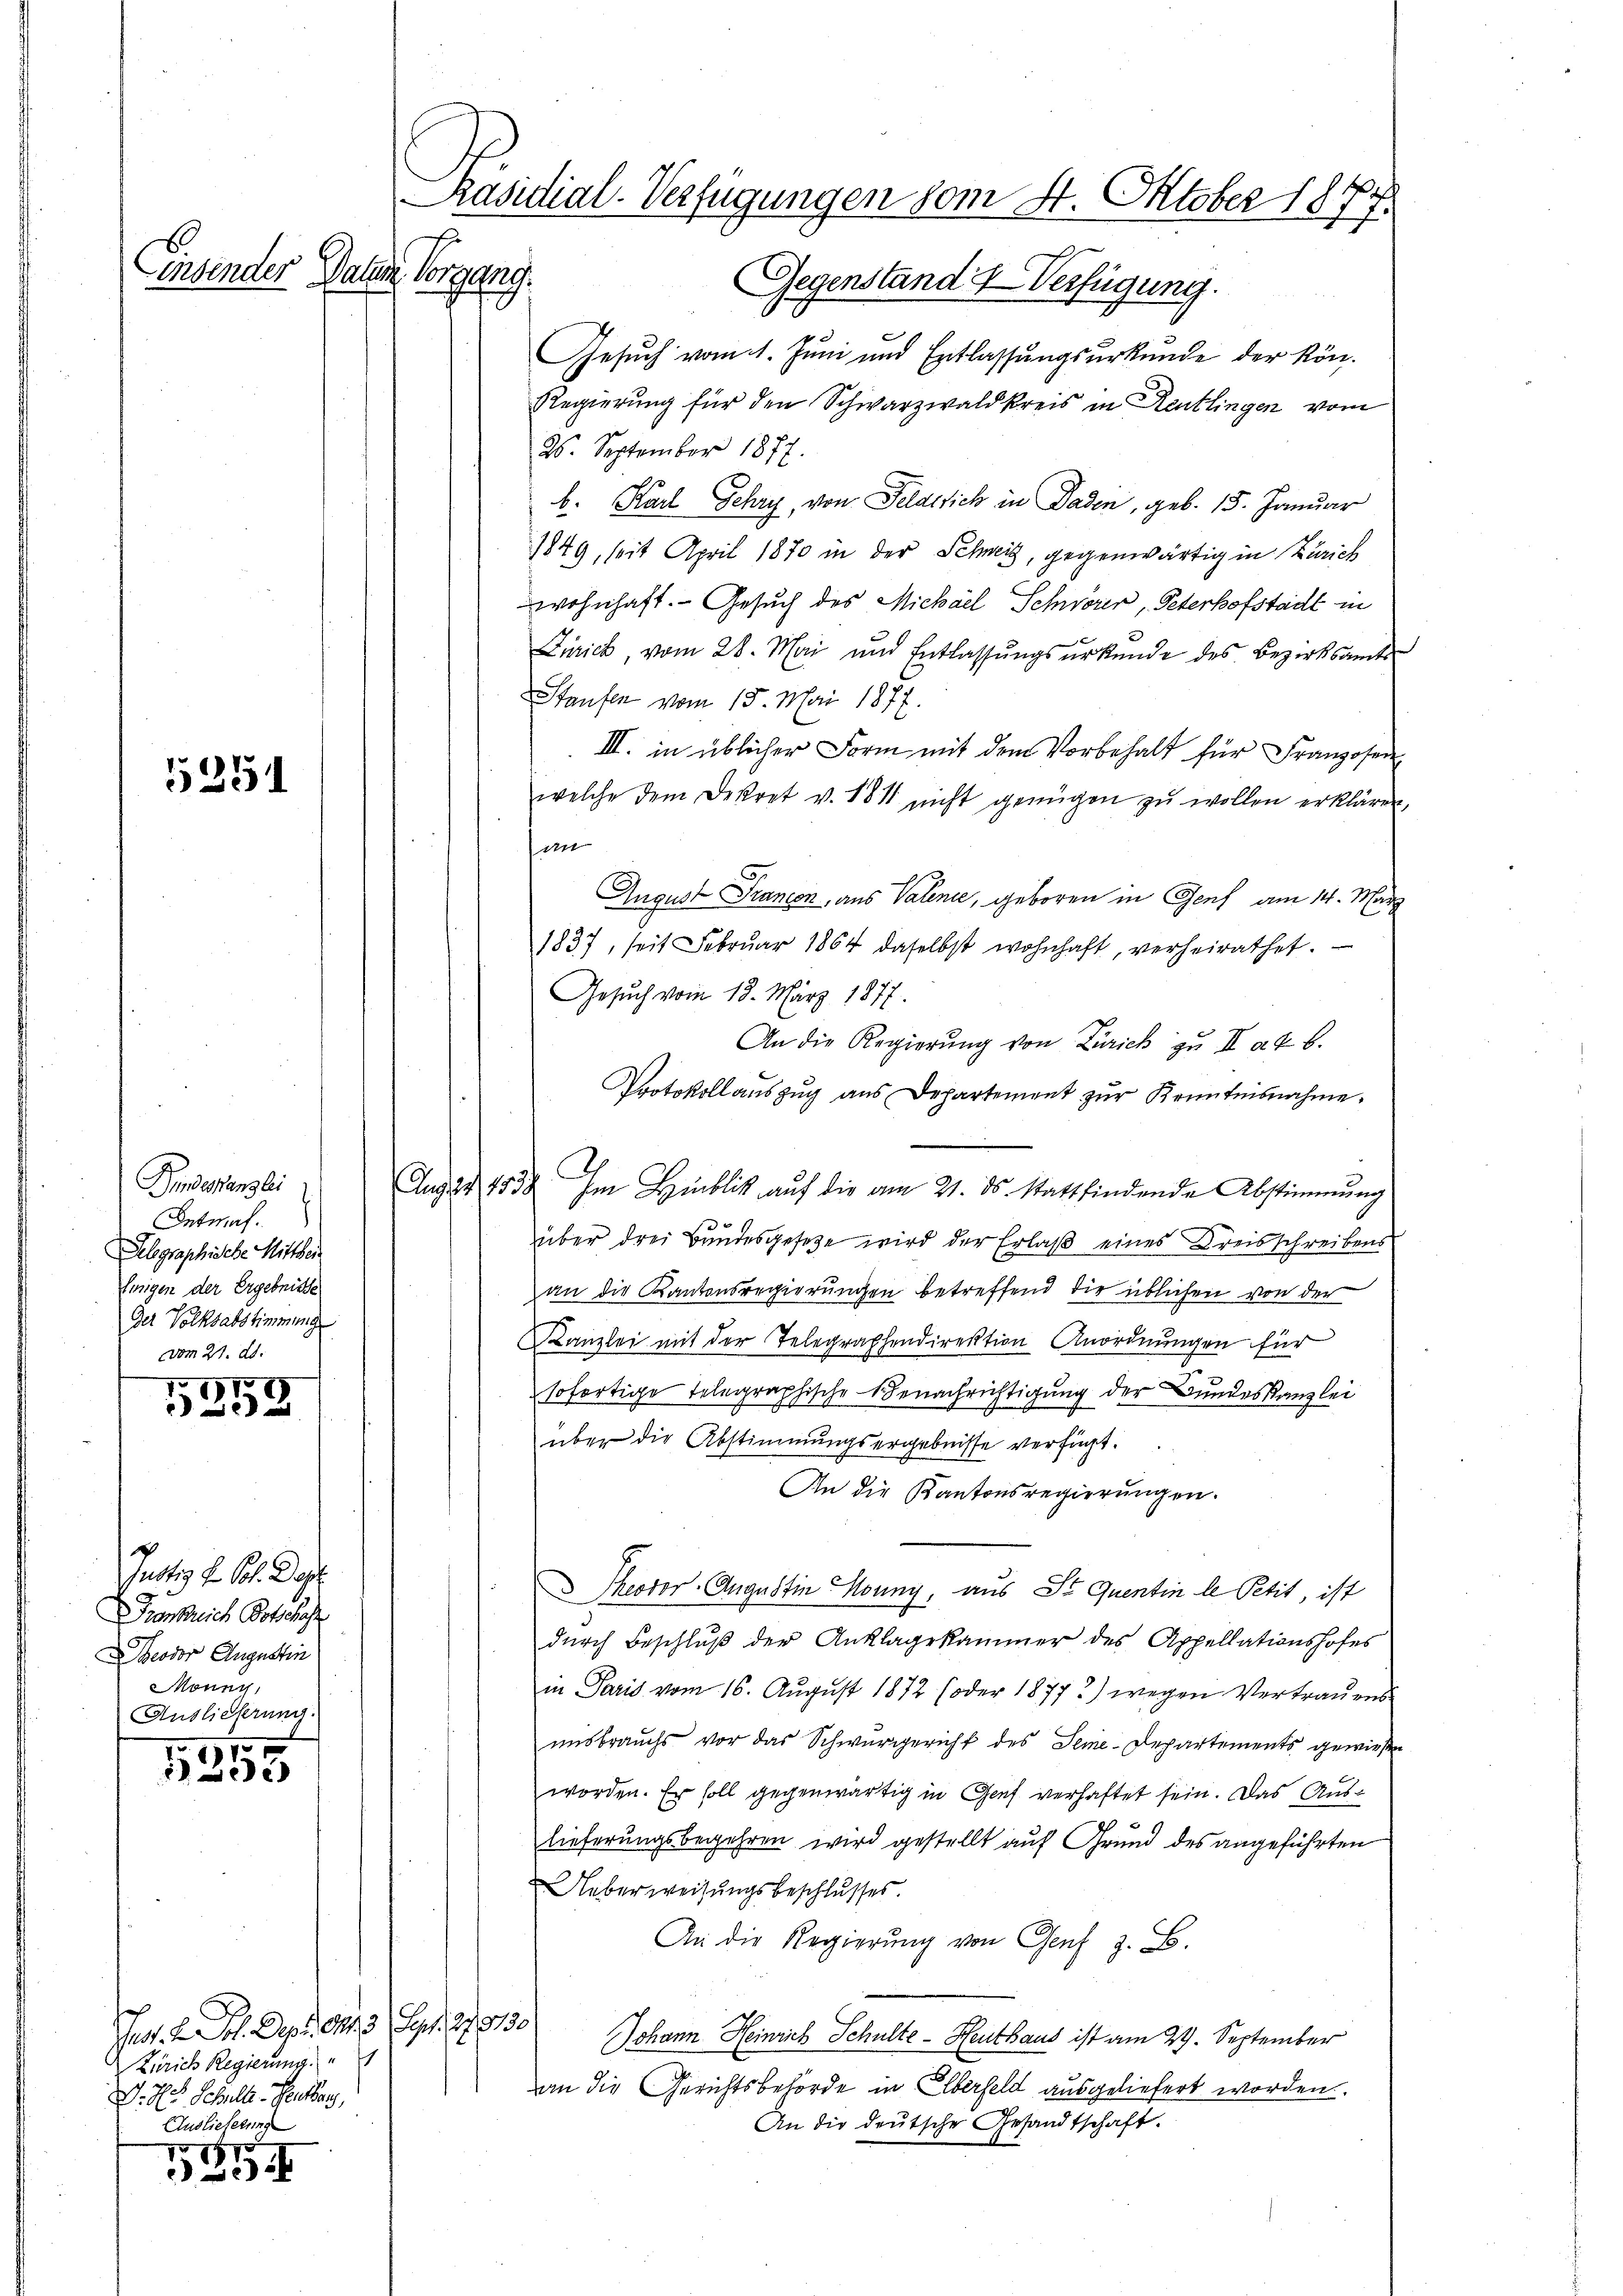
1.
br

5

Dinderens.
Antraf.
Delegraphische Mitthei
Einigen der Ergebnisse
1
Der Volks
vom 21. d.

17
92

Justiz u. Col. Das
Frankreich Botschaft
Theodor Augustin
önny,
Auslieferung

7
2

ges. v. M. D. 13. Sept. 27. 130
Zürich Regierung
D. des Schuller-Seethan,
Auslieferung

s
)

Präsidial-Verfügungen vom 4. Oktober 1877.
Paten Vorgang.
Gegenstand & Verfügung.

d
Gesuch vom 1. Juni und Entlassungsurkunde der kön¬
Regierung für den Schwarzwald kreis in Reutlingen vom
26. September 1877.
b. Karl Sehry, von Feld sich in Baden, geb. 15. Januar
1849, Mit April 1870 in der Schweiz, gegenwärtig in Zürich
wohnhaft. Gesuch des Michael Schwörer, Peterhofstadt in
Zürich, vom 28. Mai und Entlassŭngsŭrkŭnde des Bezirksamte
Staufen vom 15. Mai 1877.
III. in üblicher Form mit dem Vorbehalt für Franzosen
welche dem Dekret v. 184 nicht genügen zŭ wollen erklären,
dn
August Francon, aus Valena, geboren in Genf am 14. März
1837, seit Februar 1864 daselbst wohnhaft, verheirathet.
Gesuch vom 18. März 1877.
An die Regierŭng von Zürich zŭ II a u. b.
Protokoll auszug aus Departement zŭr Kenntnisnahme.
Aug. 155. Im Hinblick aŭf die am 21. ds. stattfindende Abstimmung
e
über drei Bundesgesetze wird der Erlaß eines Kreisschreibens
an die Kantonsregierungen betreffend die üblichen von der
Kanzlei mit der Telegraphendirektion Anordnungen für
sofortige Telegraphische Benachrichtigung der Bundeskanzlei
über die Abstimmungsergebnisse verfügt:
An die Kantonsregierŭngen.
 Pector. Augustin Mouny, aus St. Quentin le Petit, ist
durch Beschluß der Anklagekammer des Appellationshofes
in Paris vom 16. August 1872 (oder 1877) wegen Vertrauens
unsbrauchs vor das Schwurgericht des Seme-Departements gewiesen
worden. Er soll gegenwärtig in Genf verhaftet sein. Das Auslieferungsbegehren wird gestellt auf Grund des angeführten
Ueberweisungsbeschlusses.
An die Regierŭng von Genf z. B.
Johann Heinrich Schulte - Heuthaus ist am 29. September
an die Gerichtsbehörde in Oberfeld ausgeliefert worden.
An die deutsche Gesandtschaft.